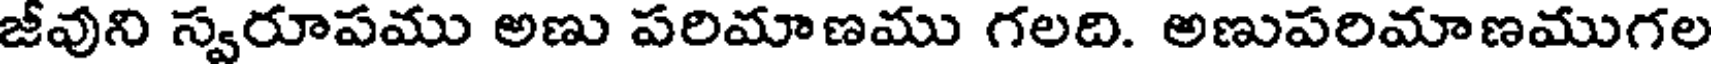
జీవుని స్వరూపము అణు పరిమాణము గలది. అణుపరిమాణముగల